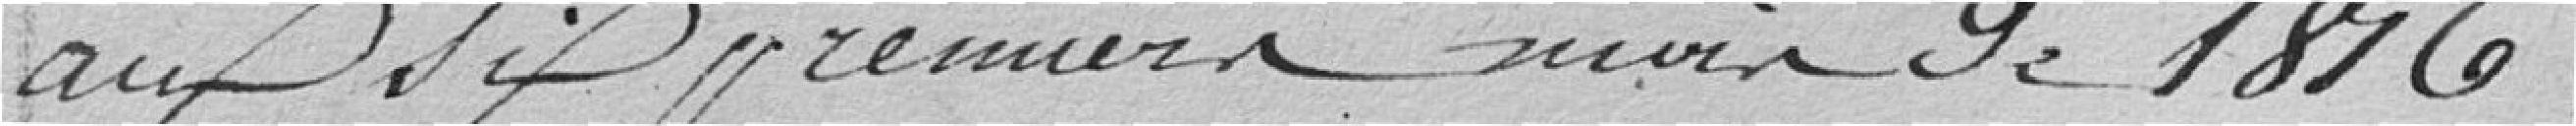
aux six premiers mois de 1816.